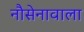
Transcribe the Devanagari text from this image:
नौसेनावाला